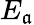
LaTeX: E_{\mathfrak{a}}